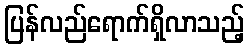
ပြန်လည်ရောက်ရှိလာသည့်